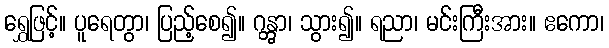
ရွှေဖြင့်။ ပူရေတွာ၊ ပြည့်စေ၍။ ဂန္တွာ၊ သွား၍။ ရညာ၊ မင်းကြီးအား။ ဧကော၊